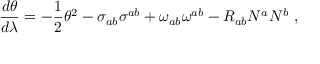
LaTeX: \frac { d \theta } { d \lambda } = - \frac { 1 } { 2 } \theta ^ { 2 } - \sigma _ { a b } \sigma ^ { a b } + \omega _ { a b } \omega ^ { a b } - R _ { a b } N ^ { a } N ^ { b } \ ,